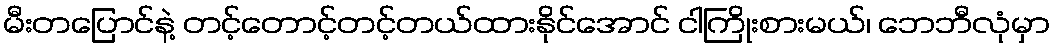
မီးတပြောင်နဲ့ တင့်တောင့်တင့်တယ်ထားနိုင်အောင် ငါကြိုးစားမယ်၊ ဘေဘီလုံမှာ